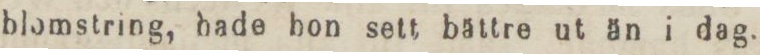
blomstring, hade hon sett bättre ut än i dag.